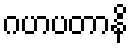
ဂဟပတာနိ